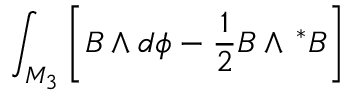
\int _ { M _ { 3 } } \left[ B \wedge d \phi - \frac 1 2 B \wedge \, ^ { * } B \right]